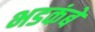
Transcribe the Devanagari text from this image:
भडकंबे